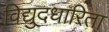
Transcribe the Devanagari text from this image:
विद्युदधारिता